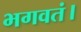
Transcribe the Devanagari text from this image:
भगवतं।